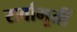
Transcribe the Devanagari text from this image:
सर्वाभूतीं